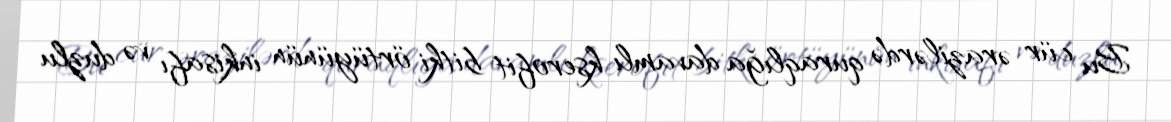
Bu cür ərazilərdə quraqlığa davamlı kserofit bitki örtüyünün inkisafı və duzlu